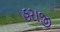
હરાજી